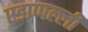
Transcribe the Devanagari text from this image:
एडाप्पल्ली